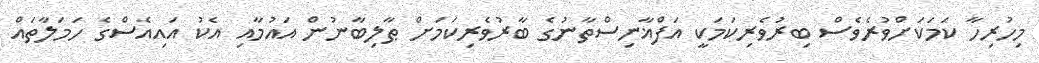
މިހުރިހާ ކަމަކަށްވުރެވެސް ބިރުވެރިކަމަކީ އަފްޣާނިސްތާނުގެ ބާރުވެރިކަމަށް ޠާލިބާނުން އައުމާއި އެކު އައިއެސްގެ ހަމަލާތައް